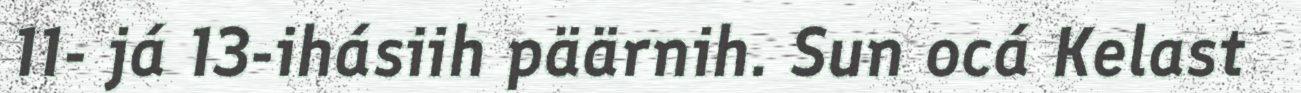
11- já 13-ihásiih päärnih. Sun ocá Kelast